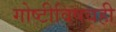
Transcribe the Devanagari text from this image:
गोष्टीविषयही